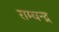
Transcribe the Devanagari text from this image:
राम्चन्द्र